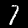
Digit: 7